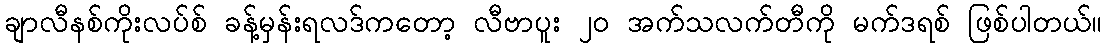
ချာလီနစ်ကိုးလပ်စ် ခန့်မှန်းရလဒ်ကတော့ လီဗာပူး ၂၀ အက်သလက်တီကို မက်ဒရစ် ဖြစ်ပါတယ်။